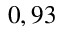
0 , 9 3